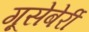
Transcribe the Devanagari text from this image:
गूसेबेर्री